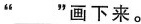
”___”画下来。